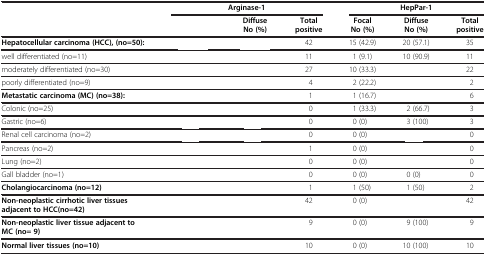
<table><thead><tr><td rowspan="2">[EMPTY_CELL]</td><td colspan="3"><b>Arginase-1</b></td><td colspan="3"><b>HepPar-1</b></td></tr><tr><td>[EMPTY_CELL]</td><td><b>Diffuse No (%)</b></td><td><b>Total positive</b></td><td><b>Focal No (%)</b></td><td><b>Diffuse No (%)</b></td><td><b>Total positive</b></td></tr></thead><tbody><tr><td><b>Hepatocellular carcinoma (HCC), (no=50):</b></td><td>[EMPTY_CELL]</td><td>[EMPTY_CELL]</td><td>42</td><td>15 (42.9)</td><td>20 (57.1)</td><td>35</td></tr><tr><td>well differentiated (no=11)</td><td>[EMPTY_CELL]</td><td>[EMPTY_CELL]</td><td>11</td><td>1 (9.1)</td><td>10 (90.9)</td><td>11</td></tr><tr><td>moderately differentiated (no=30)</td><td>[EMPTY_CELL]</td><td>[EMPTY_CELL]</td><td>27</td><td>10 (33.3)</td><td>[EMPTY_CELL]</td><td>22</td></tr><tr><td>poorly differentiated (no=9)</td><td>[EMPTY_CELL]</td><td>[EMPTY_CELL]</td><td>4</td><td>2 (22.2)</td><td>[EMPTY_CELL]</td><td>2</td></tr><tr><td><b>Metastatic carcinoma (MC) (no=38):</b></td><td>[EMPTY_CELL]</td><td>[EMPTY_CELL]</td><td>1</td><td>1 (16.7)</td><td>[EMPTY_CELL]</td><td>6</td></tr><tr><td>Colonic (no=25)</td><td>[EMPTY_CELL]</td><td>[EMPTY_CELL]</td><td>0</td><td>1 (33.3)</td><td>2 (66.7)</td><td>3</td></tr><tr><td>Gastric (no=6)</td><td>[EMPTY_CELL]</td><td>[EMPTY_CELL]</td><td>0</td><td>0 (0)</td><td>3 (100)</td><td>3</td></tr><tr><td>Renal cell carcinoma (no=2)</td><td>[EMPTY_CELL]</td><td>[EMPTY_CELL]</td><td>0</td><td>0 (0)</td><td>[EMPTY_CELL]</td><td>0</td></tr><tr><td>Pancreas (no=2)</td><td>[EMPTY_CELL]</td><td>[EMPTY_CELL]</td><td>1</td><td>0 (0)</td><td>[EMPTY_CELL]</td><td>0</td></tr><tr><td>Lung (no=2)</td><td>[EMPTY_CELL]</td><td>[EMPTY_CELL]</td><td>0</td><td>0 (0)</td><td>[EMPTY_CELL]</td><td>0</td></tr><tr><td>Gall bladder (no=1)</td><td>[EMPTY_CELL]</td><td>[EMPTY_CELL]</td><td>0</td><td>0 (0)</td><td>0 (0)</td><td>0</td></tr><tr><td><b>Cholangiocarcinoma (no=12)</b></td><td>[EMPTY_CELL]</td><td>[EMPTY_CELL]</td><td>1</td><td>1 (50)</td><td>1 (50)</td><td>2</td></tr><tr><td><b>Non-neoplastic cirrhotic liver tissues adjacent to HCC(no=42)</b></td><td>[EMPTY_CELL]</td><td>[EMPTY_CELL]</td><td>42</td><td>0 (0)</td><td>[EMPTY_CELL]</td><td>42</td></tr><tr><td><b>Non-neoplastic liver tissue adjacent to MC (no= 9)</b></td><td>[EMPTY_CELL]</td><td>[EMPTY_CELL]</td><td>9</td><td>0 (0)</td><td>9 (100)</td><td>9</td></tr><tr><td><b>Normal liver tissues (no=10)</b></td><td>[EMPTY_CELL]</td><td>[EMPTY_CELL]</td><td>10</td><td>0 (0)</td><td>10 (100)</td><td>10</td></tr></tbody></table>